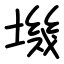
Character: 㙨